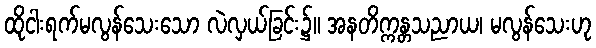
ထိုငါးရက်မလွန်သေးသော လဲလှယ်ခြင်း၌။ အနတိက္ကန္တသညာယ၊ မလွန်သေးဟု